Leaving Certificate Examination, 1923
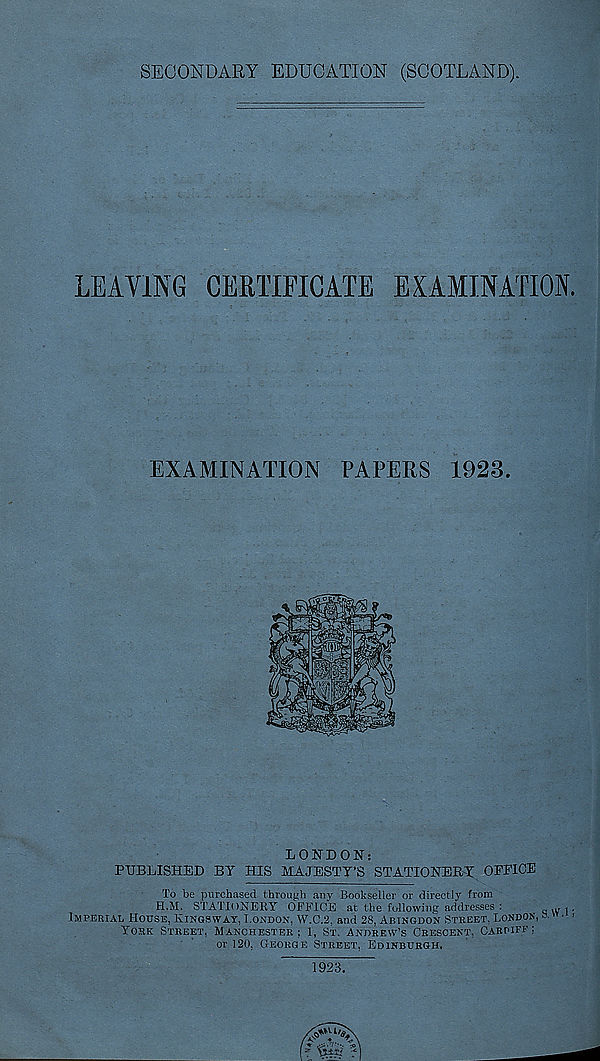
SECONDARY EDUCATION (SCOTLAND).
LEAVING CERTIFICATE EXAMINATION.
EXAMINATION PAPERS 1923.
LONDON:
PUBLISHED BY HIS MAJESTY’S STATIONERY OFFICE
To be purchased through any Bookseller or directly from
H,M, STATIONERY OFFICE at the following addresses:
q \y 1 ■
Imperial House, Kisgswat, London, W.C.2. and 28, Abingdon Street, London, a " • >
York Street, Manchester : 1, St. Andrew’s Crescent, Carpifi' ;
or 120, George Street, Edinburgh.
1923.